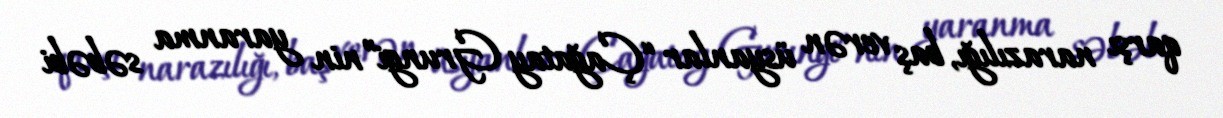
qarşı narazılığı, baş verən üsyanlar “Çağatay Grungi”nin yaranma səbəbi